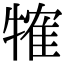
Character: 㹊